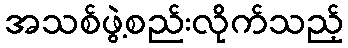
အသစ်ဖွဲ့စည်းလိုက်သည့်